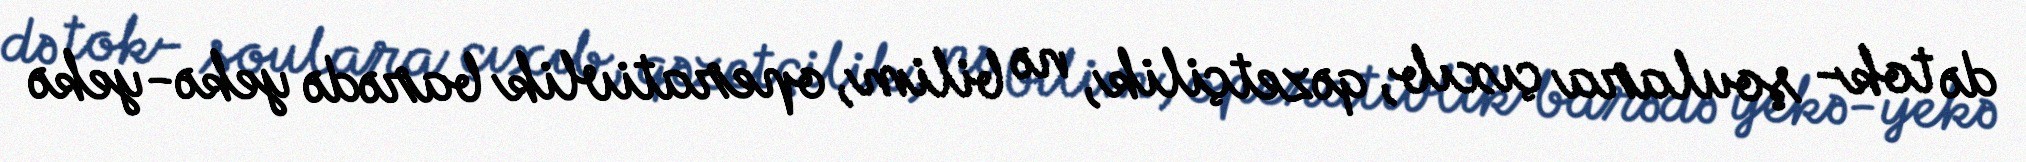
də tok- şoulara çıxıb, qəzetçilik, nə bilim, operativlik barədə yekə-yekə